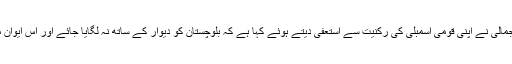
16 مئی2018ء) سابق وزیراعظم میر ظفر اللہ جمالی نے اپنی قومی اسمبلی کی رکنیت سے استعفیٰ دیتے ہوئے کہا ہے کہ بلوچستان کو دیوار کے ساتھ نہ لگایا جائے اور اس ایوان میں جو فیصلے کئے گئے ہیں ان کو نبھایا جائے۔